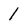
Character: 1